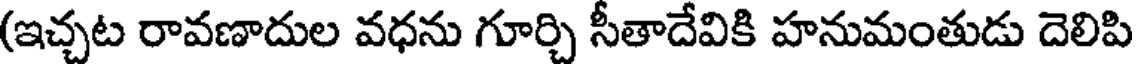
(ఇచ్చట రావణాదుల వధను గూర్చి సీతాదేవికి హనుమంతుడు దెలిపి